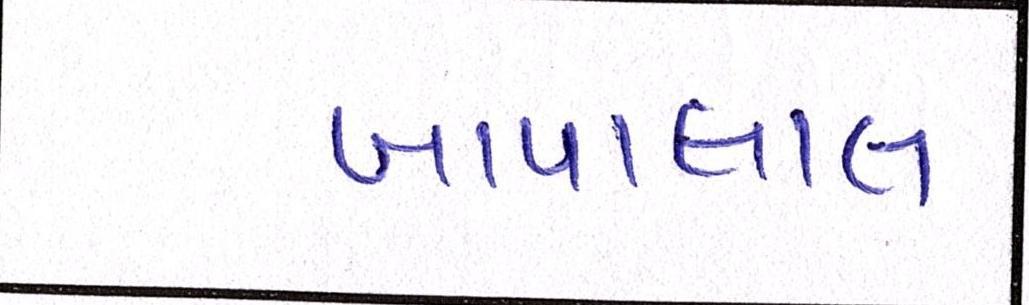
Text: બાપાલાલ